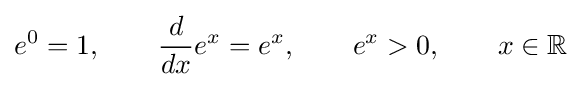
e^{0}=1,\qquad {\frac {d}{dx}}e^{x}=e^{x},\qquad e^{x}>0,\qquad x\in \mathbb {R}